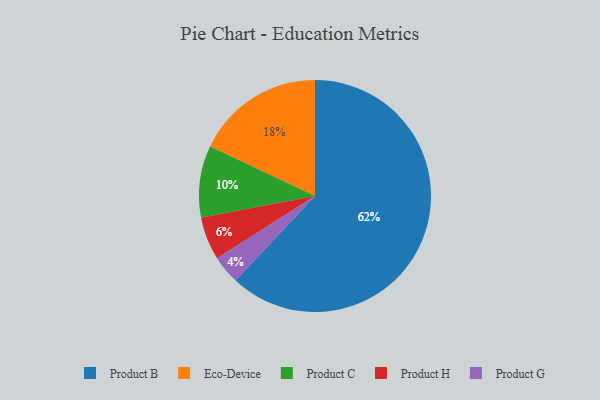
{"axis": {"x": "Category", "y": "Percentage"}, "legend": ["Eco-Device", "Product B", "Product C", "Product G", "Product H"], "data": [{"x": "Product B", "y": 62, "type": "Product B"}, {"x": "Product G", "y": 4, "type": "Product G"}, {"x": "Product C", "y": 10, "type": "Product C"}, {"x": "Product H", "y": 6, "type": "Product H"}, {"x": "Eco-Device", "y": 18, "type": "Eco-Device"}]}